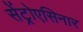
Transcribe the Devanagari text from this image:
सेंट्रोएसिनार